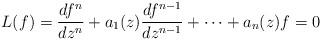
LaTeX: \begin{align*} L(f) = \frac{df^n}{dz^n} + a_1(z) \frac{df^{n-1}}{dz^{n-1}} + \cdots + a_n(z)f = 0\end{align*}